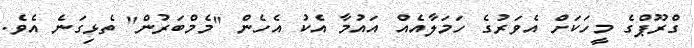
ގްރޫޕްގެ މީހަކަށް އެވަރުގެ ހަމަލާއެއް އައުމާ އެކު އެހެން "މެމްބަރުން" ތެޅިގަނެ އެވެ.